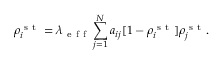
\rho _ { i } ^ { \mathrm { ~ s ~ t ~ } } = \lambda _ { \mathrm { ~ e ~ f ~ f ~ } } \sum _ { j = 1 } ^ { N } a _ { i j } [ 1 - \rho _ { i } ^ { \mathrm { ~ s ~ t ~ } } ] \rho _ { j } ^ { \mathrm { ~ s ~ t ~ } } .